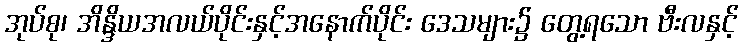
အုပ်စု၊ အိန္ဒိယအလယ်ပိုင်းနှင့်အနောက်ပိုင်း ဒေသများ၌ တွေ့ရသော ဗီးလနှင့်